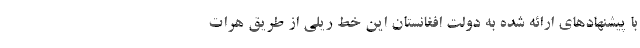
با پیشنهادهای ارائه شده به دولت افغانستان این خط ریلی از طریق هرات